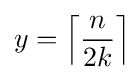
y=\left\lceil {\frac {n}{2k}}\right\rceil \!